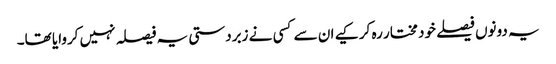
یہ دونوں فیصلے خود مختار رہ کر کیے ان سے کسی نے زبردستی یہ فیصلہ نہیں کروایا تھا۔